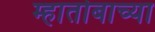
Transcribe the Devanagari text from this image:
म्हातोबाच्या